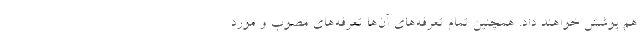
هم پوشش خواهند داد. همچنین تمام تعرفه‌های آن‌ها تعرفه‌های مصوب و مورد